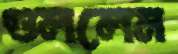
গুললেম